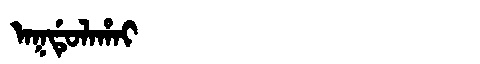
Manchu: ᠠᡴᡩᡠᠯᠠᡥᠠᡳ
Romanization: AKDULAHAI